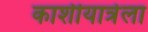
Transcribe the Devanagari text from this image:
काशीयात्रेला